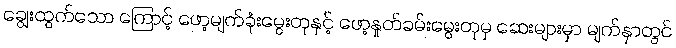
ချွေးထွက်သော ကြောင့် ဖော့မျက်ခုံးမွေးတုနှင့် ဖော့နှုတ်ခမ်းမွေးတုမှ ဆေးများမှာ မျက်နှာတွင်